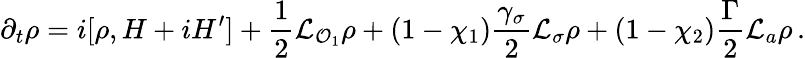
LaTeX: \partial_{t}\rho=i[\rho,H+iH^{\prime}]+\frac{1}{2}\mathcal{L}_{\mathcal{O}_{1}}\rho+(1-\chi_{1})\frac{\gamma_{\sigma}}{2}\mathcal{L}_{\sigma}\rho+(1-\chi_{2})\frac{\Gamma}{2}\mathcal{L}_{a}\rho\, .